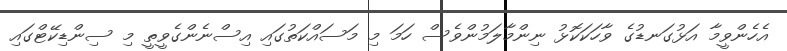
އެހެންވީމާ އަޅުގަނޑުގެ ވާހަކަކޮޅު ނިންމާލަމުންވެސް ހަމަ މި މަސައްކަތުގައި އިސްނެންގެވީތީ މި ސިންޑިކޭޓްގައި